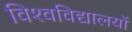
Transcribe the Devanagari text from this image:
विश्‍वविद्यालयों